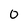
Character: 0